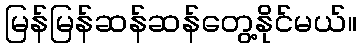
မြန်မြန်ဆန်ဆန်တွေ့နိုင်မယ်။